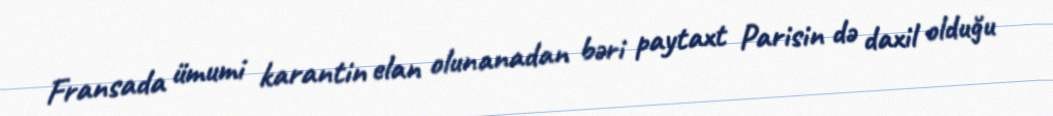
Fransada ümumi karantin elan olunanadan bəri paytaxt Parisin də daxil olduğu